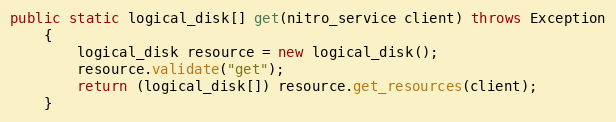
Language: Java
public static logical_disk[] get(nitro_service client) throws Exception
	{
		logical_disk resource = new logical_disk();
		resource.validate("get");
		return (logical_disk[]) resource.get_resources(client);
	}